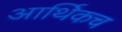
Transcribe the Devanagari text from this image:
आर्थिकच